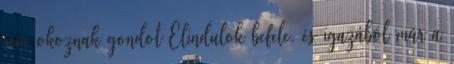
sem okoznak gondot Elindulok befele, és igazából már a